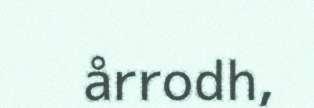
årrodh,